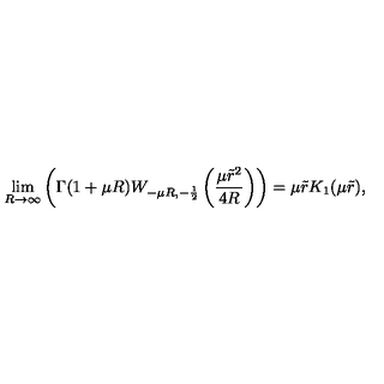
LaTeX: \lim _ { R \rightarrow \infty } \left( \Gamma ( 1 + \mu R ) W _ { - \mu R , - \frac { 1 } { 2 } } \left( \frac { \mu \tilde { r } ^ { 2 } } { 4 R } \right) \right) = \mu \tilde { r } K _ { 1 } ( \mu \tilde { r } ) ,